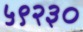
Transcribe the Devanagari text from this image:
५९२३०